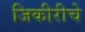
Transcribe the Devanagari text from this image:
जिकीरीचे